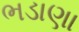
ભડાણા